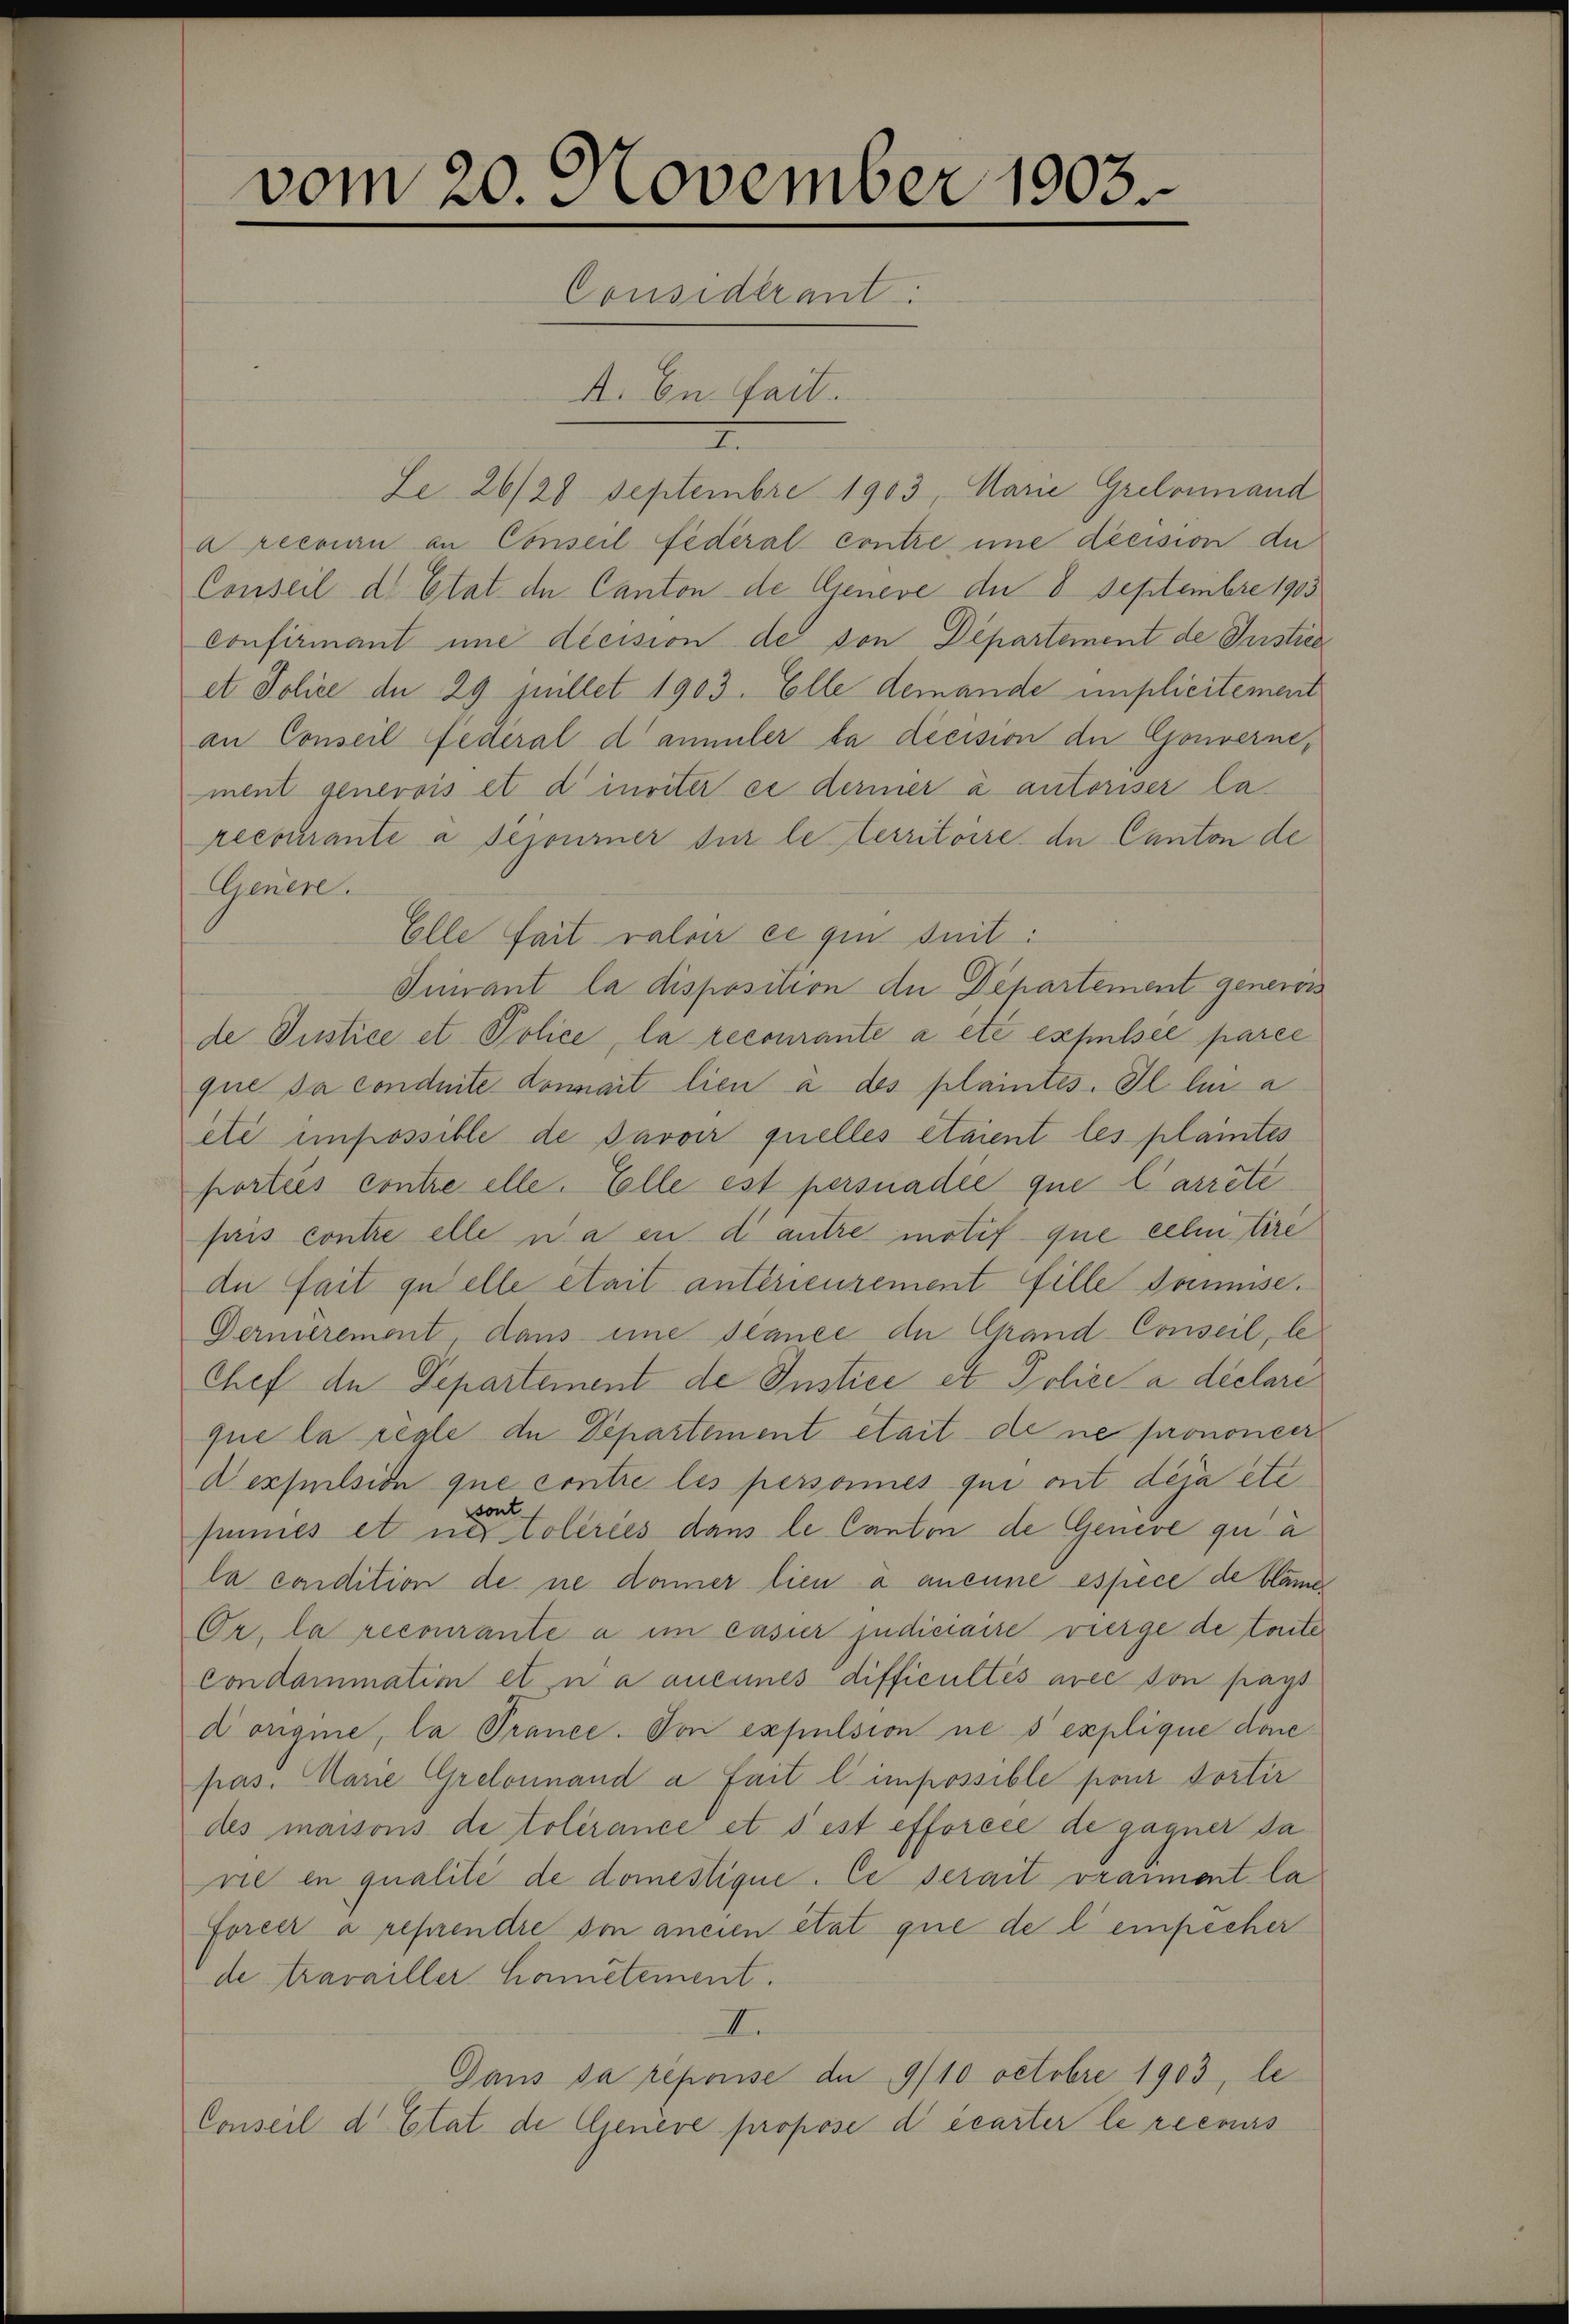
vom 20. November 1903.
Considérant
A. In fait.

Le 26/28 Septembre 1903, Marie Greloinand
a recouri an Conseil fédéral contre une decision de
Conseil d. Etat de Canton de Geneve der 8 Septembre 1903
confirmant une decision de von Departement de Justice
et Police de 29 Juillet 1903. Elle demande implicitement
an Conseil Federal d’annuler la décision der Gouverne,
ment genevois et d’inviter er deriner à autoriser la
recourante à sejourner sur le territoire de Canton de
Genere.
Elle fait valoir ce qui suit:
Finant la disposition die Departement generis
de Justice et Police, la recourante a etc. expelsee parce
que sa conduite donnait lieu à des plaintes. Il lui a
été impossible de Javoir quelles étaient les plantes
porteis contre elle. Volle est persnadée que l’arrête
pris contre elle u. a en di antre motif que celentire
di fait quelle était antérieurement fille damse.
Dermerement, dans eine stance der Grand Conseil, le
Chef de Departement de Instice et Police a déclare
que la regle de Departement était de ne prononcer
dexpulsion que contre les personnes qui mit déja etc.
sont
finnes et ne toleries dans le Canton de Genere qua
la condition de ne damer lieu à aneine espèce de blämer
Or, la recourante a im casier judiciaire vierge de toite
condammation et na ancines difficultés avec son pays
d origie, la Trance. Von expulsion ne s explique done
pas. Marie Grelonnand a fait l. impossible pour dortir
des maisons de tolérance et s est efforcée de gagner da
rie en qualité de domestique. Ce serait vramment la
Forcer à reprendre von ancien état que de l’empecher
de travailler hometement.
A.
Gaus da reporise de 9/10 octobre 1903, le
Conseil d. Etat de Geneve propose di écarter le remis